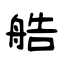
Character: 艁